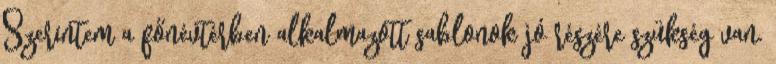
Szerintem a főnévtérben alkalmazott sablonok jó részére szükség van.